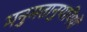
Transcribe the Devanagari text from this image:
मनुमतानुयायियों